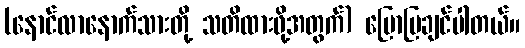
(နောင်လာနောက်သားတို့ သတိထားဖို့အတွက်) ပြောပြချင်ပါတယ်။